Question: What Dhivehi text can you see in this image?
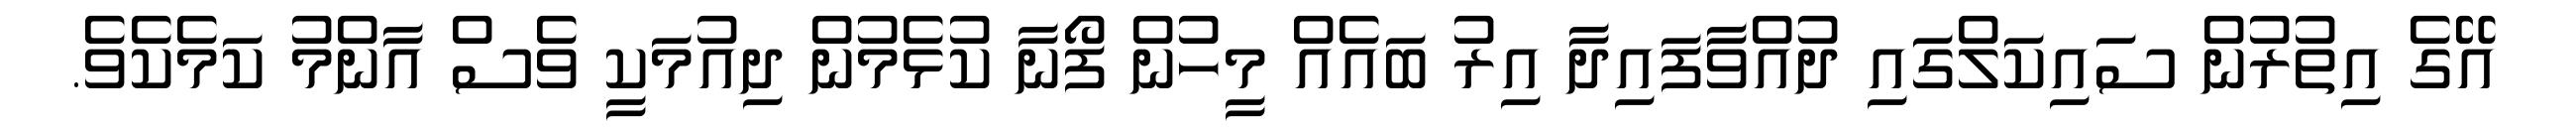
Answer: އޭގެ އިތުރުން ސައިކަލްގައި ދުއްވާފައިދާ އިރު ބައެއް މީހުން ފޯނާ ކުޅެމުން ދިއުމަކީ ވެސް އާންމު ކަމެކެވެ.